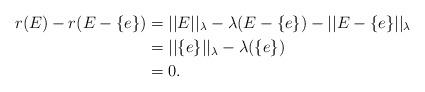
LaTeX: \begin{align*}r(E)-r(E-\{e\})&=||E||_\lambda-\lambda(E-\{e\})-||E-\{e\}||_\lambda\\&=||\{e\}||_\lambda-\lambda(\{e\})\\&=0.\end{align*}